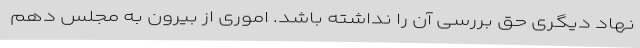
نهاد دیگری حق بررسی آن را نداشته باشد. اموری از بیرون به مجلس دهم